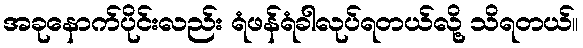
အခုနောက်ပိုင်းလည်း ရံဖန်ရံခါလုပ်ရတယ်လို့ သိရတယ်။